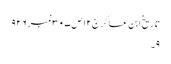
تاریخ ابن عساکر ج١٢ص ٣٠٧نمبر ٩٢٦
٩۔